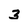
Character: 3